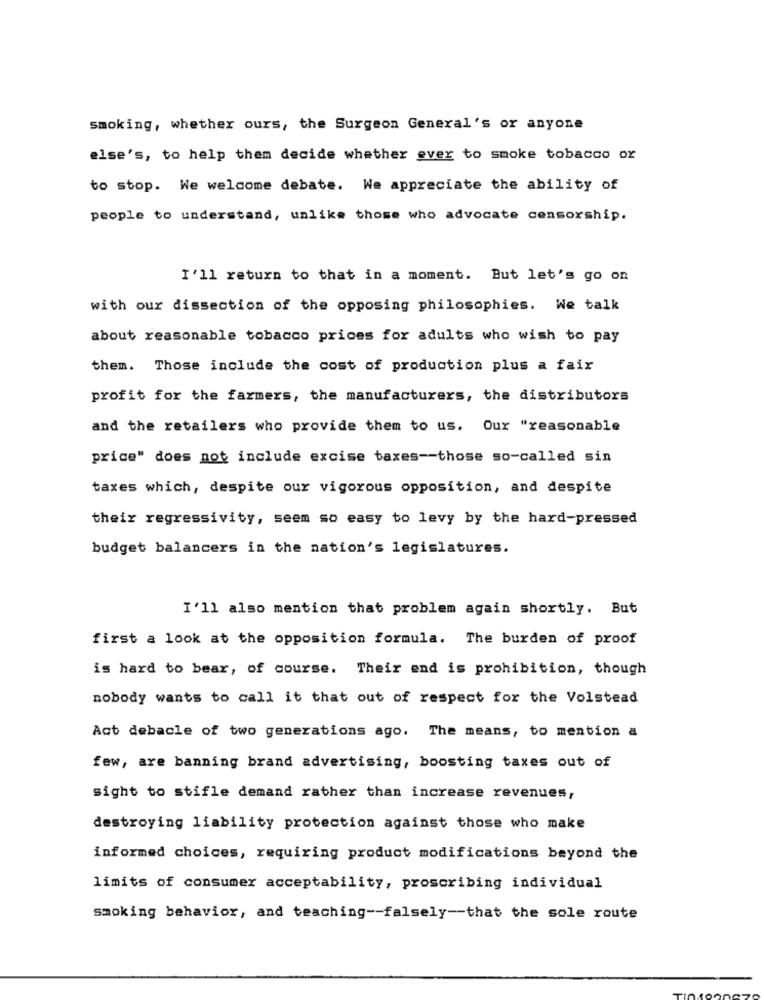
smoking, whether ours, the Surgeon General's or anyone
else's, to help them decide whether ever to smoke tobacco or
to stop. We welcome debate. We appreciate the ability of
people to understand, unlike those who advocate censorship.
I'll return to that in a moment. But let's go on
with our dissection of the opposing philosophies. We talk
about reasonable tobacco prices for adults who wish to pay
them. Those include the cost of production plus a fair
profit for the farmers, the manufacturers, the distributors
and the retailers who provide them to us. Our "reasonable
price" does not include excise taxes -- those so-called sin
taxes which, despite our vigorous opposition, and despite
their regressivity, seem so easy to levy by the hard-pressed
budget balancers in the nation's legislatures.
I'll also mention that problem again shortly. But
first a look at the opposition formula. The burden of proof
is hard to bear, of course. Their end is prohibition, though
nobody wants to call it that out of respect for the Volstead
Act debacle of two generations ago. The means, to mention a
few, are banning brand advertising, boosting taxes out of
sight to stifle demand rather than increase revenues,
destroying liability protection against those who make
informed choices, requiring product modifications beyond the
limits of consumer acceptability, proscribing individual
smoking behavior, and teaching -- falsely -- that the sole route